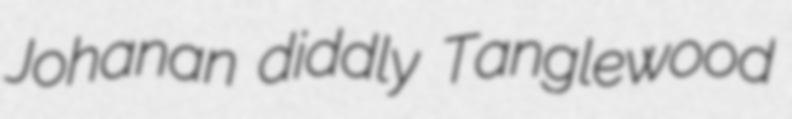
Johanan diddly Tanglewood